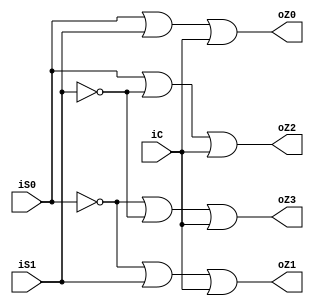
`timescale 1ns / 1ps
//////////////////////////////////////////////////////////////////////////////////
// Company: 
// Engineer: 
// 
// Design Name: 
// Module Name: de_selector14
// Project Name: 
// Target Devices: 
// Tool Versions: 
// Description: 
// 
// Dependencies: 
// 
// Revision:
// Revision 0.01 - File Created
// Additional Comments:
// 
//////////////////////////////////////////////////////////////////////////////////


module de_selector14(
    input iC,
    input iS1,
    input iS0,
    output oZ0,
    output oZ1,
    output oZ2,
    output oZ3
    );
    assign oZ0=iS0|iS1|iC;
    assign oZ1=~iS0|iS1|iC;
    assign oZ2=iS0|~iS1|iC;
    assign oZ3=~iS0|~iS1|iC;
endmodule